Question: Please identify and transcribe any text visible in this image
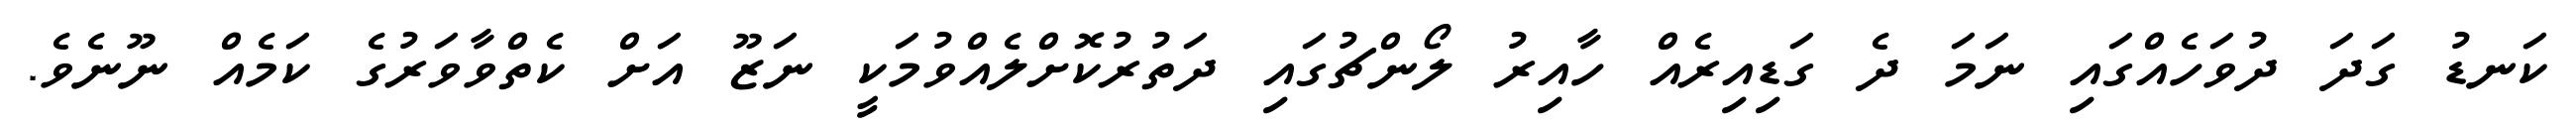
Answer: ކަނޑު ގަދަ ދުވަހެއްގައި ނަމަ ދެ ގަޑިއިރެއް ހާއިރު ލޯންޗުގައި ދަތުރުކޮށްލެއްވުމަކީ ނަޒޫ އަށް ކެތްވާވަރުގެ ކަމެއް ނޫނެވެ.